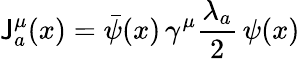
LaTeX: \mathsf{J}_{a}^{\mu}(x)=\bar{{\psi}}(x)\, \gamma^{\mu}\frac{{\lambda_{a}}}{2}\, \psi(x)